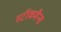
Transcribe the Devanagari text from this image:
स्टॉकमैन्स